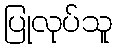
ပြုလုပ်သူ